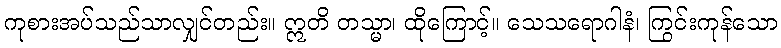
ကုစားအပ်သည်သာလျှင်တည်း။ ဣတိ တသ္မာ၊ ထိုကြောင့်။ သေသရောဂါနံ၊ ကြွင်းကုန်သော